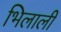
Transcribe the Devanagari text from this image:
भिलाली